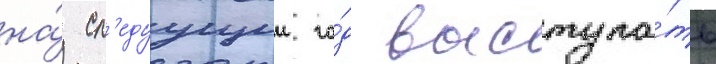
на́ сл'едуущии го́д выступа́ть